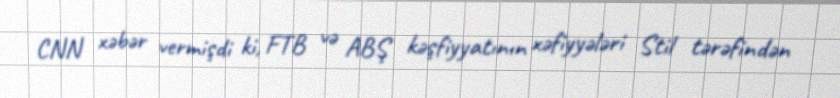
CNN xəbər vermişdi ki, FTB və ABŞ kəşfiyyatının xəfiyyələri Stil tərəfindən